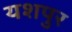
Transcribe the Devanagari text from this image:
यशपुर